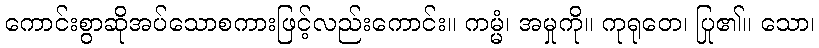
ကောင်းစွာဆိုအပ်သောစကားဖြင့်လည်းကောင်း။ ကမ္မံ၊ အမှုကို။ ကုရုတေ၊ ပြု၏။ သော၊